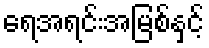
ရေအရင်းအမြစ်နှင့်